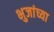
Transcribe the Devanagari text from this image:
भुजांच्या